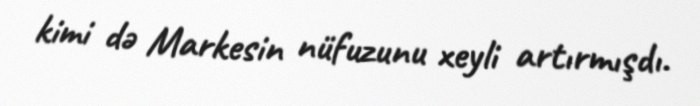
kimi də Markesin nüfuzunu xeyli artırmışdı.